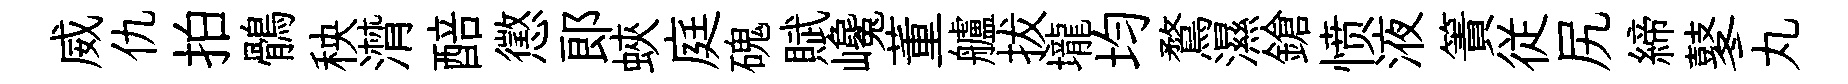
威仇拍鶻秧潸醅懲郞蛺庭磈賦巉董艫拔壠均鶩濕鎗愤液簀従尻締鼕丸